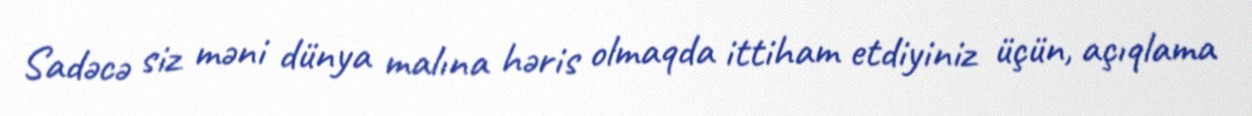
Sadəcə siz məni dünya malına həris olmaqda ittiham etdiyiniz üçün, açıqlama